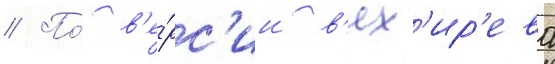
// По́ в'е́рс'ии в'ях'ир'ева